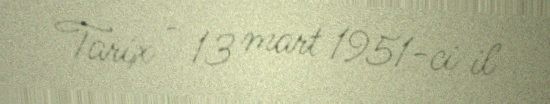
Tarix - 13 mart 1951-ci il